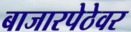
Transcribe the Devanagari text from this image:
बाजारपेठेवर